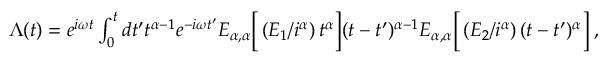
\begin{array} { r } { \Lambda ( t ) = e ^ { i \omega t } \int _ { 0 } ^ { t } d t ^ { \prime } t ^ { \alpha - 1 } e ^ { - i \omega t ^ { \prime } } E _ { \alpha , \alpha } \bigg [ \left( E _ { 1 } / i ^ { \alpha } \right) t ^ { \alpha } \bigg ] ( t - t ^ { \prime } ) ^ { \alpha - 1 } E _ { \alpha , \alpha } \bigg [ \left( E _ { 2 } / i ^ { \alpha } \right) ( t - t ^ { \prime } ) ^ { \alpha } \bigg ] \; , } \end{array}